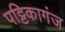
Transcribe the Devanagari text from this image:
पट्टिकागंज